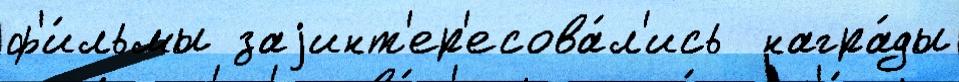
ф'и́льмы заjинт'ер'есова́л'ись  награ́ды